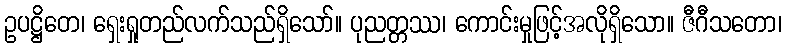
ဥပဋ္ဌိတေ၊ ရှေးရှုတည်လက်သည်ရှိသော်။ ပုညတ္တဿ၊ ကောင်းမှုဖြင့်အလိုရှိသော။ ဇီဂီသတော၊